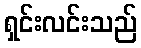
ရှင်းလင်းသည်